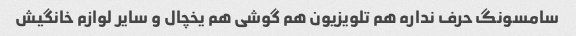
سامسونگ حرف نداره هم تلویزیون هم گوشی هم یخچال و سایر لوازم خانگیش